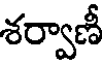
శర్వాణీ